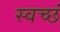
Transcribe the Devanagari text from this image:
स्वच्छं